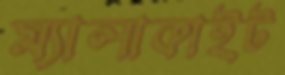
ম্যালাকাইট